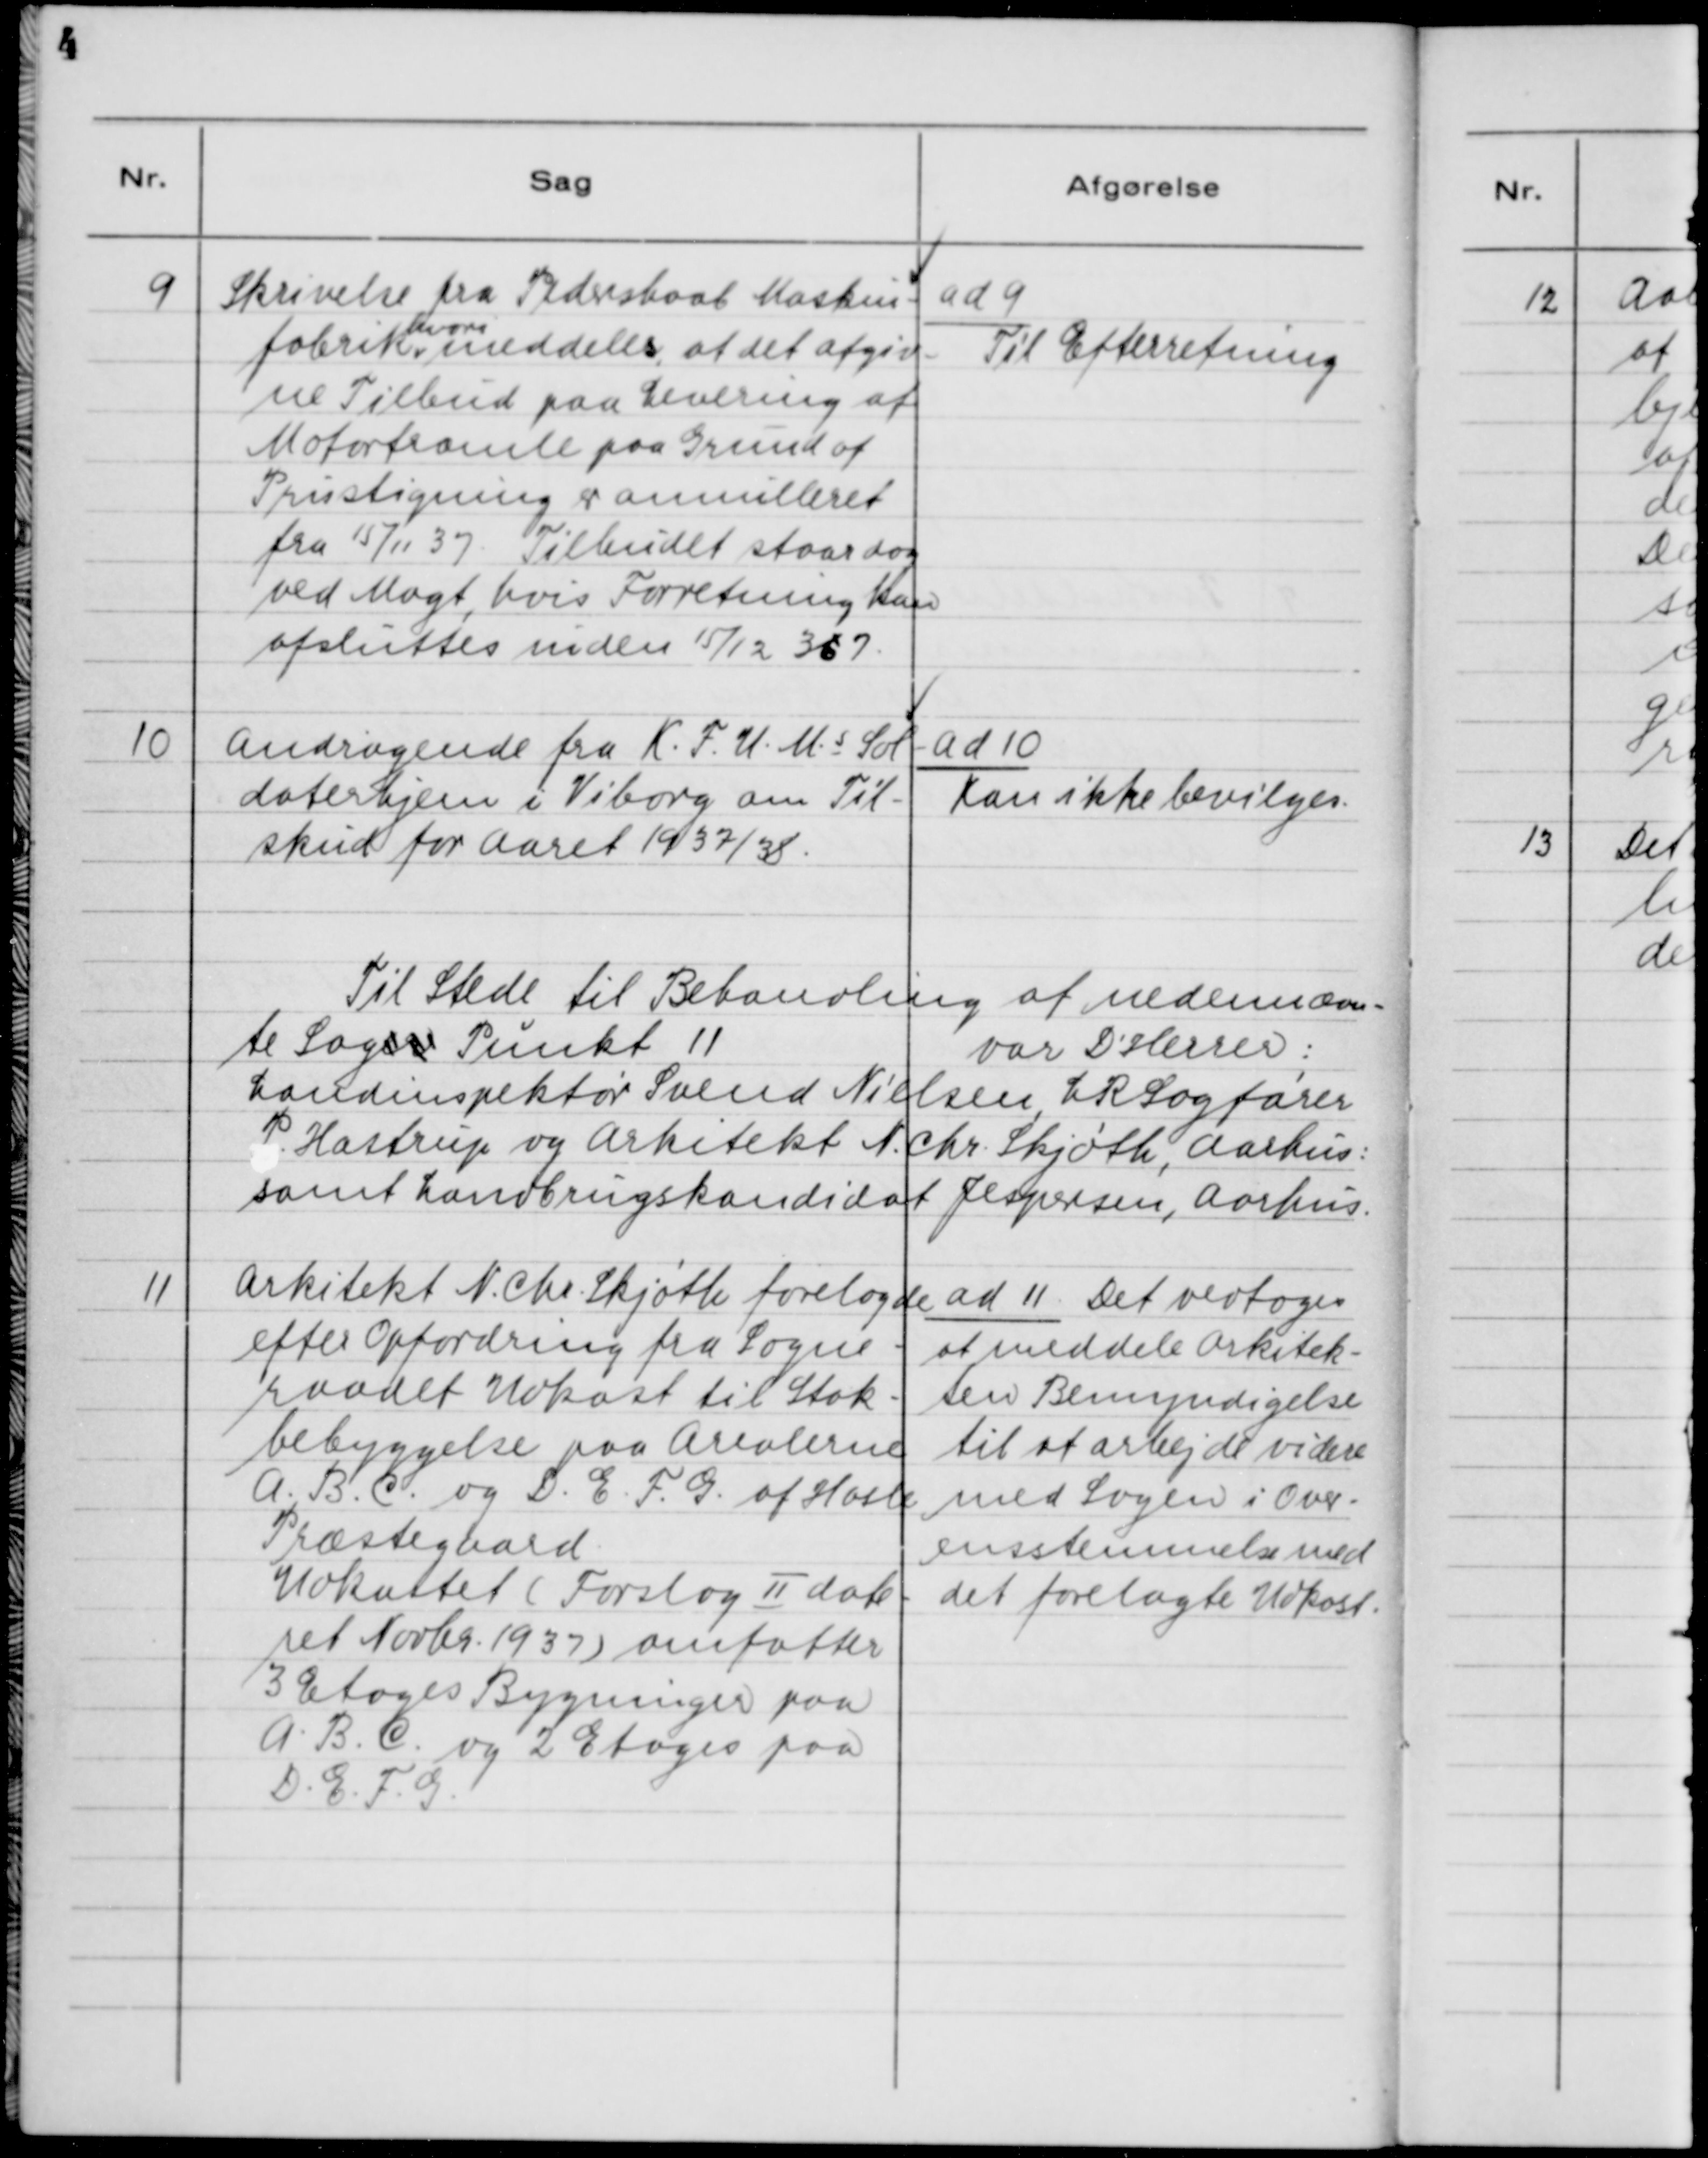
Transskription:
9. Skrivelse fra Pederhaab Maskin-
fabrik, hvori meddelels, at det afgiv-
ne Tilbud paa Levering af
Motortromle paa Grund af
Prisstigning er annulleret
fra 15/11 37. Tilbudet staar dog
ved Magt, hvis Forretningen kan
afsluttes inden 15/12 367.

ad 9.
Til Efterretning

10. Andragende fra K.F.U.M.s Sol-
daterhjem i Viborg om Til-
skud for Aaret 1937/38.

ad 10.
Kan ikke bevilges.

Til stede til Behandling af nedennævn-
te Sager Punkt 11 var D´Herrer:
Landinspektør Svend Nielsen, L R Sagfører
P. Hastrup og Arkitekt N. Chr. Skjøth, Aarhus:
samt Landbrugskandidat Jespersen, Aarhus.

11. Arkitekt N. Chr. Skjøth forelagde
efter Opfordring fra Sogne-
raadet Udkast til Stok-
bebyggelse paa Arealerne
A.B.C. og D.E.F.G. af Hasle
Præstegaard.
Udkastet (Forslag II date-
ret Novbr. 1937) omfatter
3 Etages Bygninger paa
A.B.C. og 2 Etages paa
D.E.F.G.

ad 11. Det vedtoges
at meddele Arkitek-
ten Bemyndigelse
til at arbejde videre
med Sagen i Over-
ensstemmelse med
det forelagte Udkast.